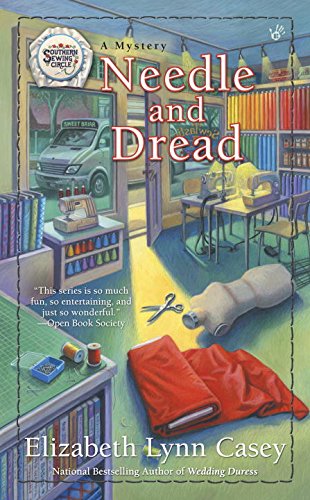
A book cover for Needle and Dread: Southern Sewing Circle Mystery; Elizabeth Lynn Casey; Mystery, Thriller & Suspense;